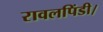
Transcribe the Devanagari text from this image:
रावलपिंडी।